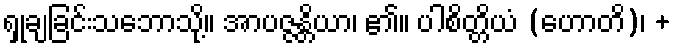
ရှုချခြင်းသဘောသို့။ အာပဇ္ဇန္တိယာ၊ ၏။ ပါစိတ္တိယံ (ဟောတိ)၊ +